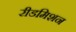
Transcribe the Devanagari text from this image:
रीडमिशन